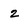
Character: 2